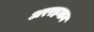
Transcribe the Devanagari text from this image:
अररहमान